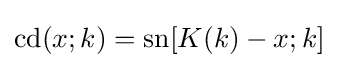
\operatorname {cd} (x;k)=\operatorname {sn} [K(k)-x;k]